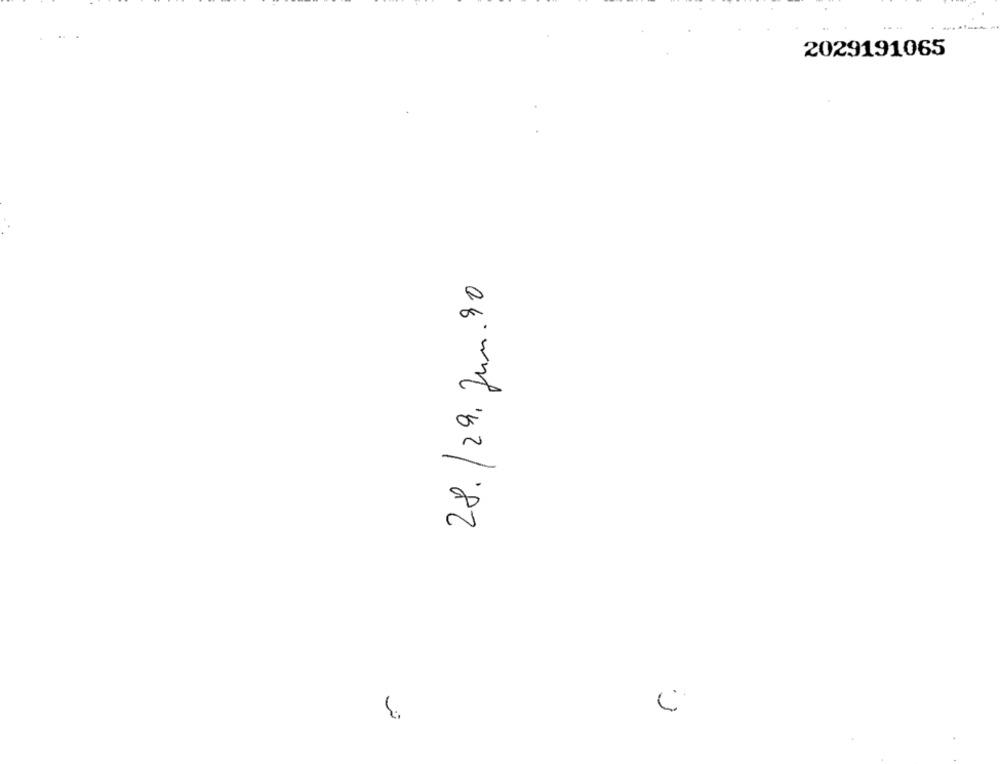
..
2029191065
28. /29. Jun. 30
3
C